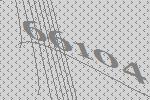
66104